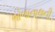
ભોળાનાથની